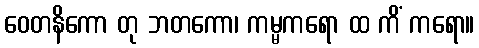
ဝေတနိကော တု ဘတကော၊ ကမ္မကရော ထ ကိံ ကရော။